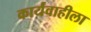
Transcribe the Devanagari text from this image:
कार्यवाहीला